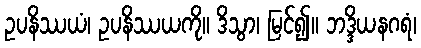
ဥပနိဿယံ၊ ဥပနိဿယကို။ ဒိသွာ၊ မြင်၍။ ဘဒ္ဒိယနဂရံ၊